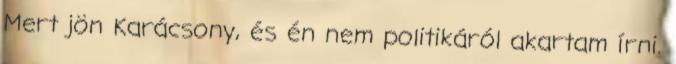
Mert jön Karácsony, és én nem politikáról akartam írni.